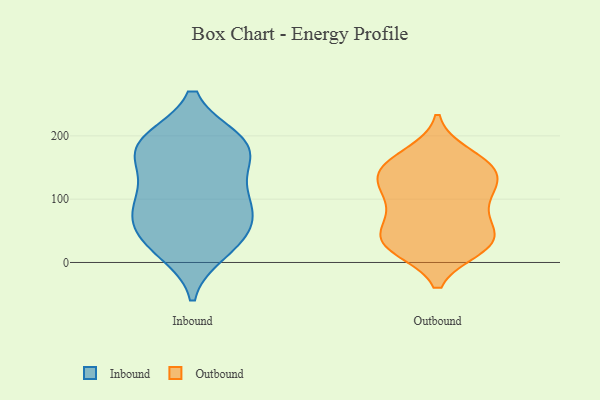
{"axis": {"x": "Net Income (USD K)", "y": "Value"}, "legend": ["Inbound", "Outbound"], "data": [{"x": "", "y": 30, "type": "Inbound"}, {"x": "", "y": 112, "type": "Inbound"}, {"x": "", "y": 193, "type": "Inbound"}, {"x": "", "y": 26, "type": "Inbound"}, {"x": "", "y": 180, "type": "Inbound"}, {"x": "", "y": 79, "type": "Inbound"}, {"x": "", "y": 190, "type": "Inbound"}, {"x": "", "y": 66, "type": "Inbound"}, {"x": "", "y": 115, "type": "Inbound"}, {"x": "", "y": 87, "type": "Inbound"}, {"x": "", "y": 78, "type": "Inbound"}, {"x": "", "y": 17, "type": "Inbound"}, {"x": "", "y": 192, "type": "Inbound"}, {"x": "", "y": 151, "type": "Inbound"}, {"x": "", "y": 189, "type": "Inbound"}, {"x": "", "y": 49, "type": "Inbound"}, {"x": "", "y": 160, "type": "Inbound"}, {"x": "", "y": 68, "type": "Outbound"}, {"x": "", "y": 146, "type": "Outbound"}, {"x": "", "y": 23, "type": "Outbound"}, {"x": "", "y": 98, "type": "Outbound"}, {"x": "", "y": 123, "type": "Outbound"}, {"x": "", "y": 38, "type": "Outbound"}, {"x": "", "y": 34, "type": "Outbound"}, {"x": "", "y": 30, "type": "Outbound"}, {"x": "", "y": 124, "type": "Outbound"}, {"x": "", "y": 144, "type": "Outbound"}, {"x": "", "y": 26, "type": "Outbound"}, {"x": "", "y": 31, "type": "Outbound"}, {"x": "", "y": 93, "type": "Outbound"}, {"x": "", "y": 66, "type": "Outbound"}, {"x": "", "y": 126, "type": "Outbound"}, {"x": "", "y": 153, "type": "Outbound"}, {"x": "", "y": 161, "type": "Outbound"}, {"x": "", "y": 170, "type": "Outbound"}]}